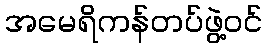
အမေရိကန်တပ်ဖွဲ့ဝင်